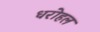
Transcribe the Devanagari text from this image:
धरोहल